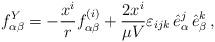
LaTeX: \begin{align*}f^Y_{\alpha\beta} = - \frac{x^i}{r}f^{(i)}_{\alpha\beta} +\frac{2 x^i}{\mu V}\varepsilon_{ijk} \,{\hat e}^j_{\alpha} \,{\hat e}^k_{\beta}\,,\end{align*}